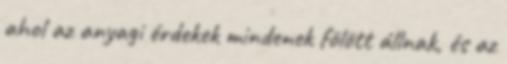
ahol az anyagi érdekek mindenek fölött állnak, és az